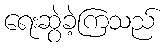
ရေးဆွဲခဲ့ကြသည်